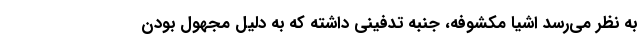
به نظر می‌رسد اشیا مکشوفه، جنبه تدفینی داشته که به دلیل مجهول بودن